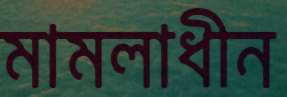
মামলাধীন